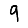
Digit: 9